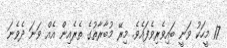
17 މީހަކު ވަނީ ބައިވެރިވެފައެވެ. މިރޭ މުބާރާތުގެ ތެރެއިން އެއް ވަނަ ދެވެނަ